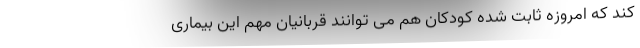
کند که امروزه ثابت شده کودکان هم می توانند قربانیان مهم این بیماری